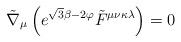
LaTeX: \begin{align*}\tilde{\nabla}_{\mu} \left( e^{\sqrt{3} \beta -2\varphi} \tilde{F}^{\mu\nu\kappa\lambda} \right) =0\end{align*}